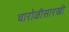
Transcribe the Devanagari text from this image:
चारोळीसारखी